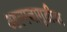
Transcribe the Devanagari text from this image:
आत्मजागृतीवर